Annual report on the working of the mental hospitals in the Madras Presidency - 1912-1932
Year: 1912
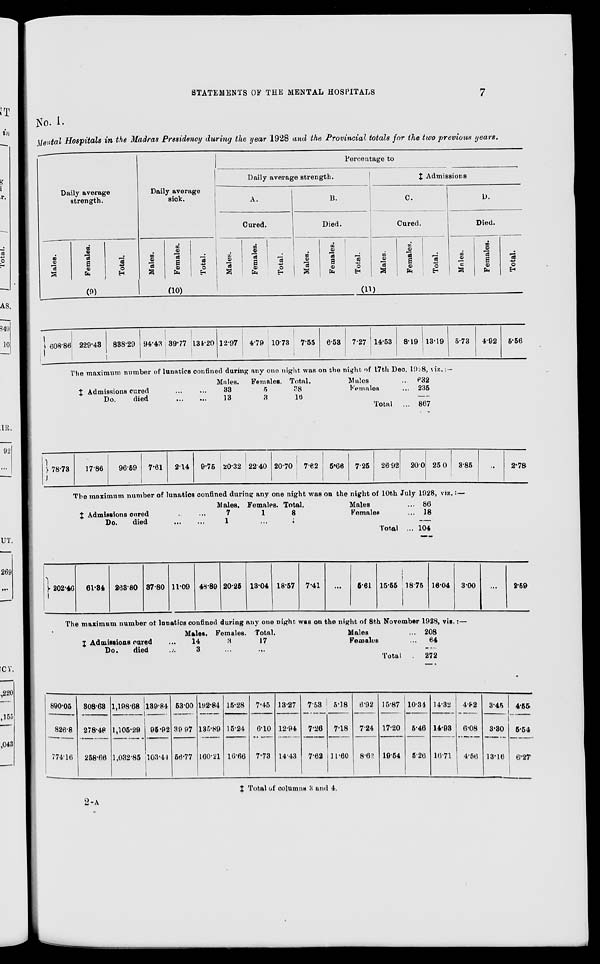
STATEMENTS OF THE MENTAL HOSPITALS
7
No. I.
Mental Hospitals in the Madras Presidency during the year 1928 and the Provincial totals for the two previous years.
Daily average
strength.
Males.
Females.
Total.
(9)
Daily average
sick.
Males.
Females.
Total.
(10)
Percentage to
Daily average strength.
A.
Cured.
Males.
Females.
Total.
B.
Died.
Males.
Females.
Total.
‡ Admissions
C.
Cured.
Males.
Females.
Total.
D.
Died.
Males.
Females.
Total.
(11)
608.86 229.43
838.29 94.43 39.77 134.20 12.97 4.79 10.73 7.55 6.53 7.27 14.53 8.19 13.19
The maximum number of lunatics confined during any one night was on the night of 17th Dec. 1928, viz. :-
‡ Admissions cured
...
...
Do.
died
...
...
Males.
33
13
Females.
5
3
Total.
38
16
Males ...
Females ...
Total ...
78.73
17.86
96.59
7.61
2.14
9.75 20.32 22.40 20.70 7.62
5.66
7.25
26.92
632
235
—
867
20.0 25.0
The maximum number of lunatics confined during any one night was on the night of 10th July 1928, viz. :-
‡ Admissions cured
...
...
Do.
died
...
...
Males.
7
1
Females.
1
...
Total.
8
1
Males ...
Females ...
Total ...
202.46
61.34 263.80 37.80 11.09 48.89 20.25 13.04 18.57 7.41
...
5.61 15.55
86
18
—
104
18.75 16.04
The maximum number of lunatics confined during any one night was on the night of 8th November 1928, viz. :-
‡ Admissions cured ...
Do.
died ...
Males.
14
3
Females.
3
...
Total.
17
...
Males ...
Females ...
Total ...
890.05
826.8
774.16
308.63
278.48
258.66
1,198.68
1,105.29
1,032.85
139.84
95.92
103.44
53.00
39.97
56.77
192.84
135.89
160.21
15.28
15.24
16.66
7.45
6.10
7.73
13.27
12.94
14.43
7.53
7.26
7.62
5.18
7.18
11.60
6.92
7.24
8.62
15.87
17.20
19.54
208
64
—
272
10.34
5.46
5.26
14.32
14.93
16.71
5.73
4.92 5.56
3.85
...
2.78
3.00
...
2.59
4.82
6.08
4.56
3.45
3.30
13.16
4.55
5.54
6.27
‡ Total of columns 3 and 4.
2-A